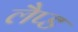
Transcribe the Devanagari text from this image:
लैप्ड